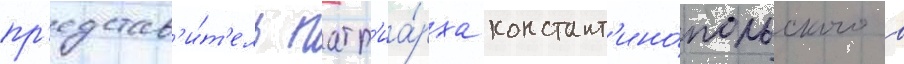
пр'едстав'и́т'ель патр'иа́рха констант'ино́польского в